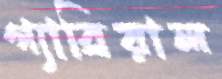
গ্যাব্রিয়াল